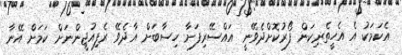
އެކަމަކު އެ އެހީތެރިކަން ފޯރުކޮށްދެވޭނީ އައްސޭރިފަށާ ހިސާބަށް އާދެވޭ ރެފިއުޖީންނަށް ކަމަށް އޭނާ